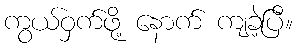
ကွယ်ဝှက်ဖို့ နောက် ကျခဲ့ပြီ။